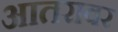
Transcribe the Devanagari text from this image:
आतरावर